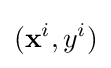
{(\mathbf {x} ^{i},y^{i})}